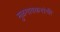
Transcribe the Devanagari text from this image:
मुळगावकरांची